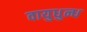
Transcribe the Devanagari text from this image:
वायुधुन्ध